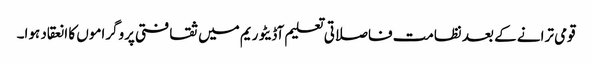
قومی ترانے کے بعد نظامت فاصلاتی تعلیم آڈیٹوریم میں ثقافتی پروگراموں کا انعقاد ہوا۔